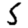
Digit: 5